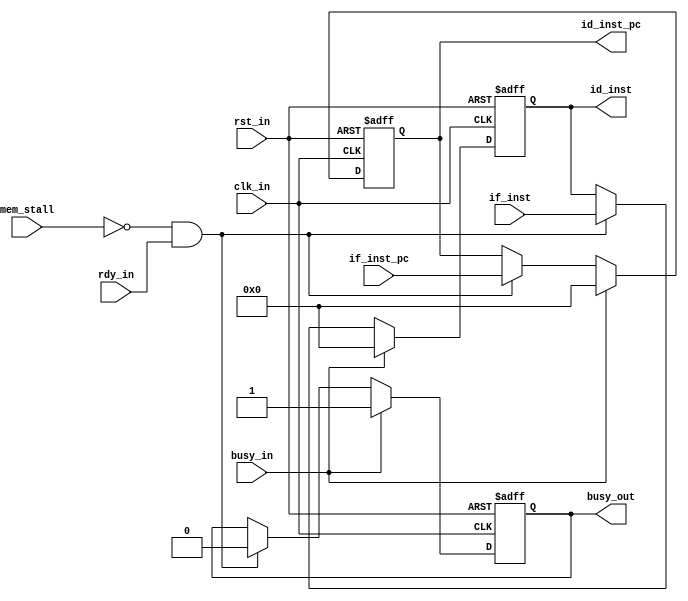
module r_if_id(
    //common
    input wire clk_in,
    input wire rst_in,
    input wire rdy_in,
    //from if
    input wire[31:0] if_inst_pc,
    input wire[31:0] if_inst,
    input wire busy_in,
    //to id
    output reg[31:0] id_inst_pc,
    output reg[31:0] id_inst,
    output reg busy_out,
    
    input wire mem_stall
);

    always @ (posedge clk_in or posedge rst_in) begin
        if (rst_in) begin
            id_inst_pc <= 0;
            id_inst <= 0;
            busy_out <= 0;
        end
        else if (busy_in) begin
            id_inst_pc <= 0;
            id_inst <= 0;
            busy_out <= 1;
        end 
        else if (!mem_stall && rdy_in) begin  
            id_inst_pc <= if_inst_pc;
            id_inst <= if_inst;
            busy_out <= 0;
        end
    end

endmodule